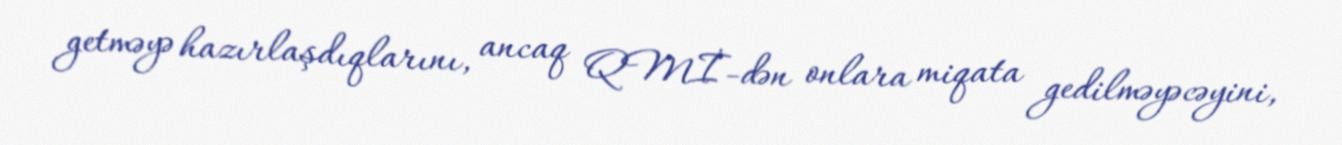
getməyə hazırlaşdıqlarını, ancaq QMİ-dən onlara miqata gedilməyəcəyini,